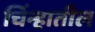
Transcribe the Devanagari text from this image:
चिंन्हातील